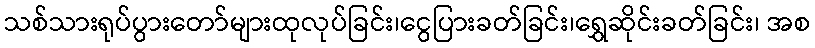
သစ်သားရုပ်ပွားတော်များထုလုပ်ခြင်း၊ငွေပြားခတ်ခြင်း၊ရွှေဆိုင်းခတ်ခြင်း၊ အစ